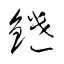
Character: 鑓